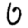
Digit: 0